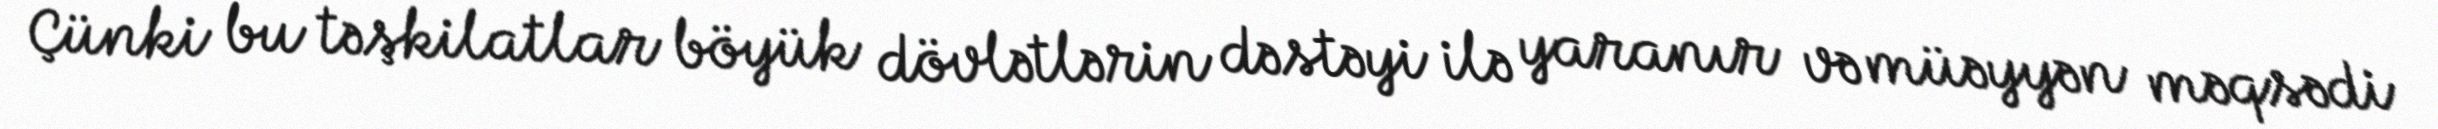
Çünki bu təşkilatlar böyük dövlətlərin dəstəyi ilə yaranır və müəyyən məqsədi